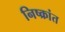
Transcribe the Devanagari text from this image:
निष्क्रांत